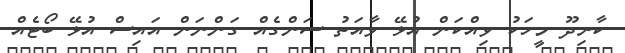
ކާށިދޫ މީހަކު ވިއްކަން އުޅޭ ވާއަތު ސަންގެއް ގަންނަން އައިސް އުޅޭ ބޯޓެއް